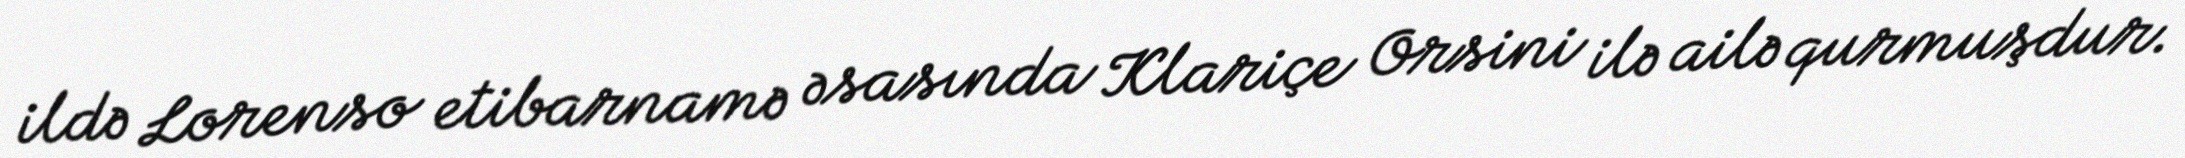
ildə Lorenso etibarnamə əsasında Klariçe Orsini ilə ailə qurmuşdur.